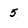
Character: 5